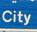
city